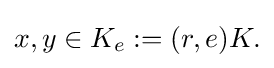
{\textstyle x,y\in K_{e}:=(r,e)K.}